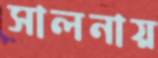
সালনায়